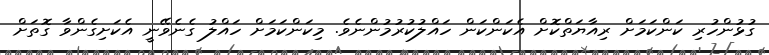
ގުޅުންހުރި ކަންކަމަށް ރިއާޔަތްކޮށް އެކަންކަން ހައްލުކުރުމުންނެވެ. މިކަންކަމަށް ހައްލު ގެނެވޭނީ އެކަށިގެންވާ ގޮތަށް